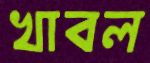
খাবল